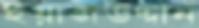
ইয়াজউদ্দীন